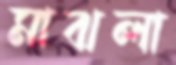
মাঝলা